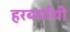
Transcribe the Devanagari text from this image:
हरबर्याची